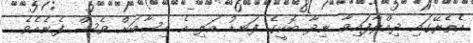
އެތެރޭގައި ދިއްލާފައިވާ ނިދާ ބޮކީގެ ފަނޑު އަލި އެ ހިސާބަށް ވެސް ފެނެއެވެ.